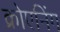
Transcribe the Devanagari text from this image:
क्रोएनिंग